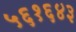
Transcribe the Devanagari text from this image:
५६१६४३